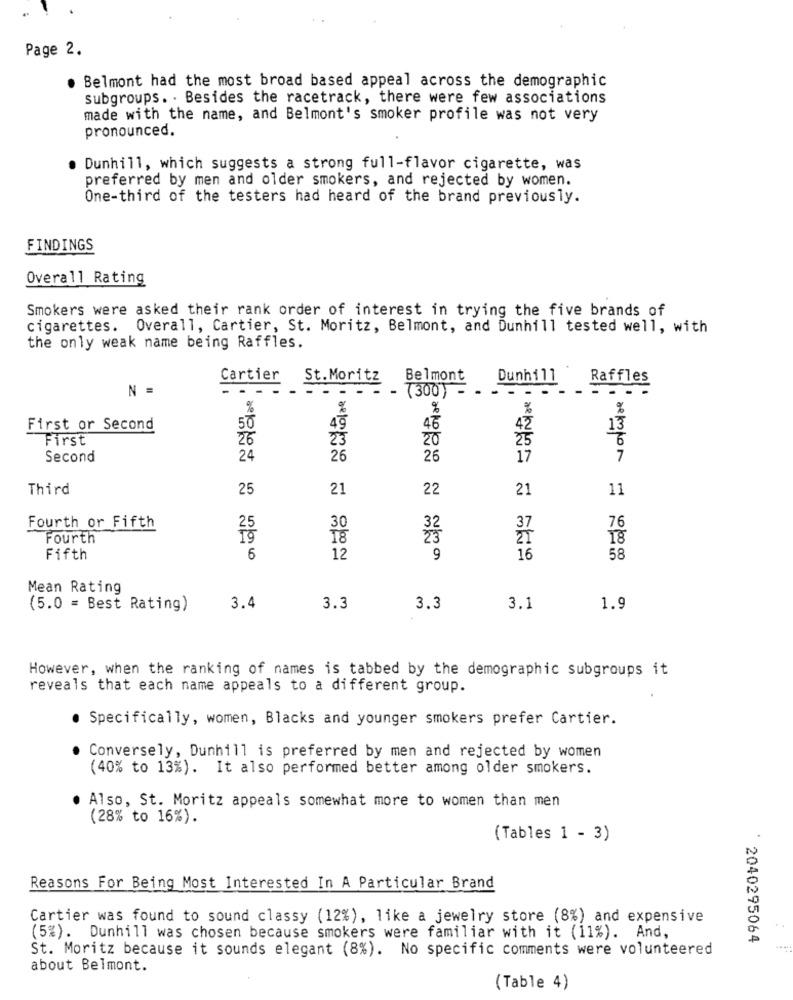
Page 2.
. Belmont had the most broad based appeal across the demographic
subgroups. . Besides the racetrack, there were few associations
made with the name, and Belmont's smoker profile was not very
pronounced.
Dunhill, which suggests a strong full-flavor cigarette, was
preferred by men and older smokers, and rejected by women.
One-third of the testers had heard of the brand previously.
FINDINGS
Overall Rating
Smokers were asked their rank order of interest in trying the five brands of
cigarettes. Overall, Cartier, St. Moritz, Belmont, and Dunhill tested well, with
the only weak name being Raffles.
Cartier
St.Moritz
Belmont
Dunhill
Raffles
N =
- -
-- -
- (300) -
----
%
First or Second
50
46
42
13
First
26
23
6
Second
24
26
26
17
7
Third
25
21
22
21
11
Fourth or Fifth
30
76
Fourth
18
18
Fifth
6
12
9
16
58
Mean Rating
(5.0 = Best Rating)
3.4
3.3
3.3
3.1
1.9
However, when the ranking of names is tabbed by the demographic subgroups it
reveals that each name appeals to a different group.
. Specifically, women, Blacks and younger smokers prefer Cartier.
Conversely, Dunhill is preferred by men and rejected by women
(40% to 13%). It also performed better among older smokers.
. Also, St. Moritz appeals somewhat more to women than men
(28% to 16%).
(Tables 1 - 3)
Reasons For Being Most Interested In A Particular Brand
Cartier was found to sound classy (12%), like a jewelry store (8%) and expensive
(5%). Dunhill was chosen because smokers were familiar with it (11%). And,
2040295064
St. Moritz because it sounds elegant (8%). No specific comments were volunteered
about Belmont.
(Table 4)